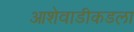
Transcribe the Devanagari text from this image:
आशेवाडीकडला